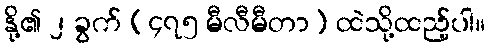
နို့၏ ၂ ခွက် (၄၇၅ မီလီမီတာ) ထဲသို့ထည့်ပါ။